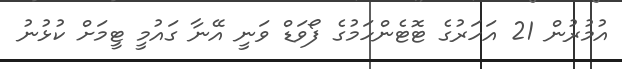
އުމުރުން 21 އަހަރުގެ ޓޮޓެންހަމުގެ ފޯވަޑް ވަނީ އޭނާ ގައުމީ ޓީމަށް ކުޅުނު